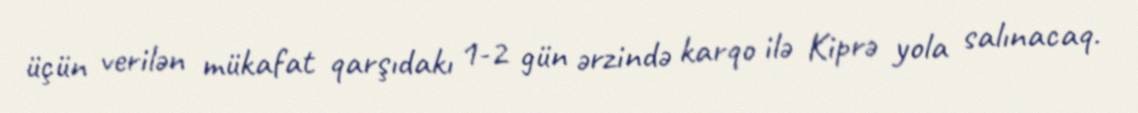
üçün verilən mükafat qarşıdakı 1-2 gün ərzində karqo ilə Kiprə yola salınacaq.